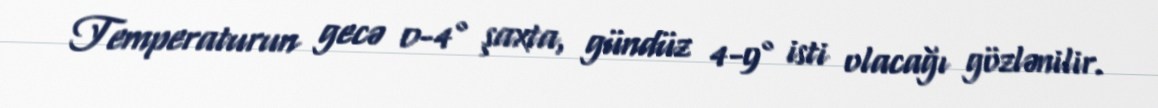
Temperaturun gecə 0-4° şaxta, gündüz 4-9° isti olacağı gözlənilir.